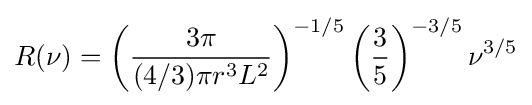
R(\nu )=\left({\frac {3\pi }{(4/3)\pi r^{3}L^{2}}}\right)^{-1/5}\left({\frac {3}{5}}\right)^{-3/5}\nu ^{3/5}